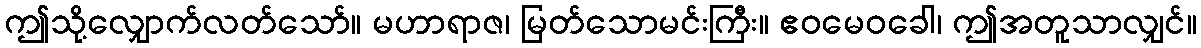
ဤသို့လျှောက်လတ်သော်။ မဟာရာဇ၊ မြတ်သောမင်းကြီး။ ဧဝမေဝခေါ၊ ဤအတူသာလျှင်။